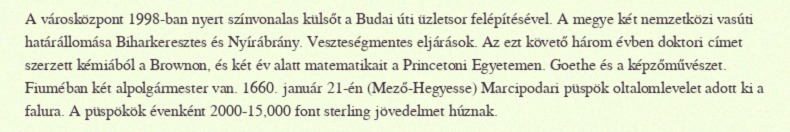
A városközpont 1998-ban nyert színvonalas külsőt a Budai úti üzletsor felépítésével. A megye két nemzetközi vasúti határállomása Biharkeresztes és Nyírábrány. Veszteségmentes eljárások. Az ezt követő három évben doktori címet szerzett kémiából a Brownon, és két év alatt matematikait a Princetoni Egyetemen. Goethe és a képzőművészet. Fiuméban két alpolgármester van. 1660. január 21-én (Mező-Hegyesse) Marcipodari püspök oltalomlevelet adott ki a falura. A püspökök évenként 2000-15,000 font sterling jövedelmet húznak.